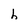
Character: h